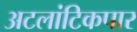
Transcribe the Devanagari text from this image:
अटलांटिकपार